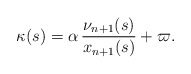
\begin{align*}\kappa(s)=\alpha\,\frac{\nu_{n+1}(s)}{x_{n+1}(s)}+\varpi.\end{align*}